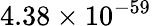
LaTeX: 4.38\times 10^{-59}